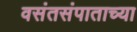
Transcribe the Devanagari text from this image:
वसंतसंपाताच्या